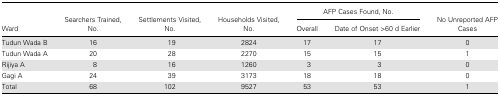
<table><thead><tr><td rowspan="2"><b>Ward</b></td><td rowspan="2"><b>Searchers Trained, No.</b></td><td rowspan="2"><b>Settlements Visited, No.</b></td><td rowspan="2"><b>Households Visited, No.</b></td><td colspan="2"><b>AFP Cases Found, No.</b></td><td rowspan="2"><b>No Unreported AFP Cases</b></td></tr><tr><td><b>Overall</b></td><td><b>Date of Onset &gt;60 d Earlier</b></td></tr></thead><tbody><tr><td>Tudun Wada B</td><td>16</td><td>19</td><td>2824</td><td>17</td><td>17</td><td>0</td></tr><tr><td>Tudun Wada A</td><td>20</td><td>28</td><td>2270</td><td>15</td><td>15</td><td>1</td></tr><tr><td>Rijiya A</td><td>8</td><td>16</td><td>1260</td><td>3</td><td>3</td><td>0</td></tr><tr><td>Gagi A</td><td>24</td><td>39</td><td>3173</td><td>18</td><td>18</td><td>0</td></tr><tr><td>Total</td><td>68</td><td>102</td><td>9527</td><td>53</td><td>53</td><td>1</td></tr></tbody></table>